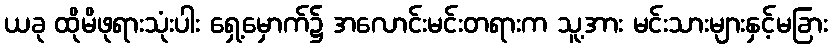
ယခု ထိုမိဖုရားသုံးပါး ရှေ့မှောက်၌ အလောင်းမင်းတရားက သူ့အား မင်းသားများနှင့်မခြား